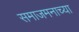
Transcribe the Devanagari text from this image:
समाजमनाच्या